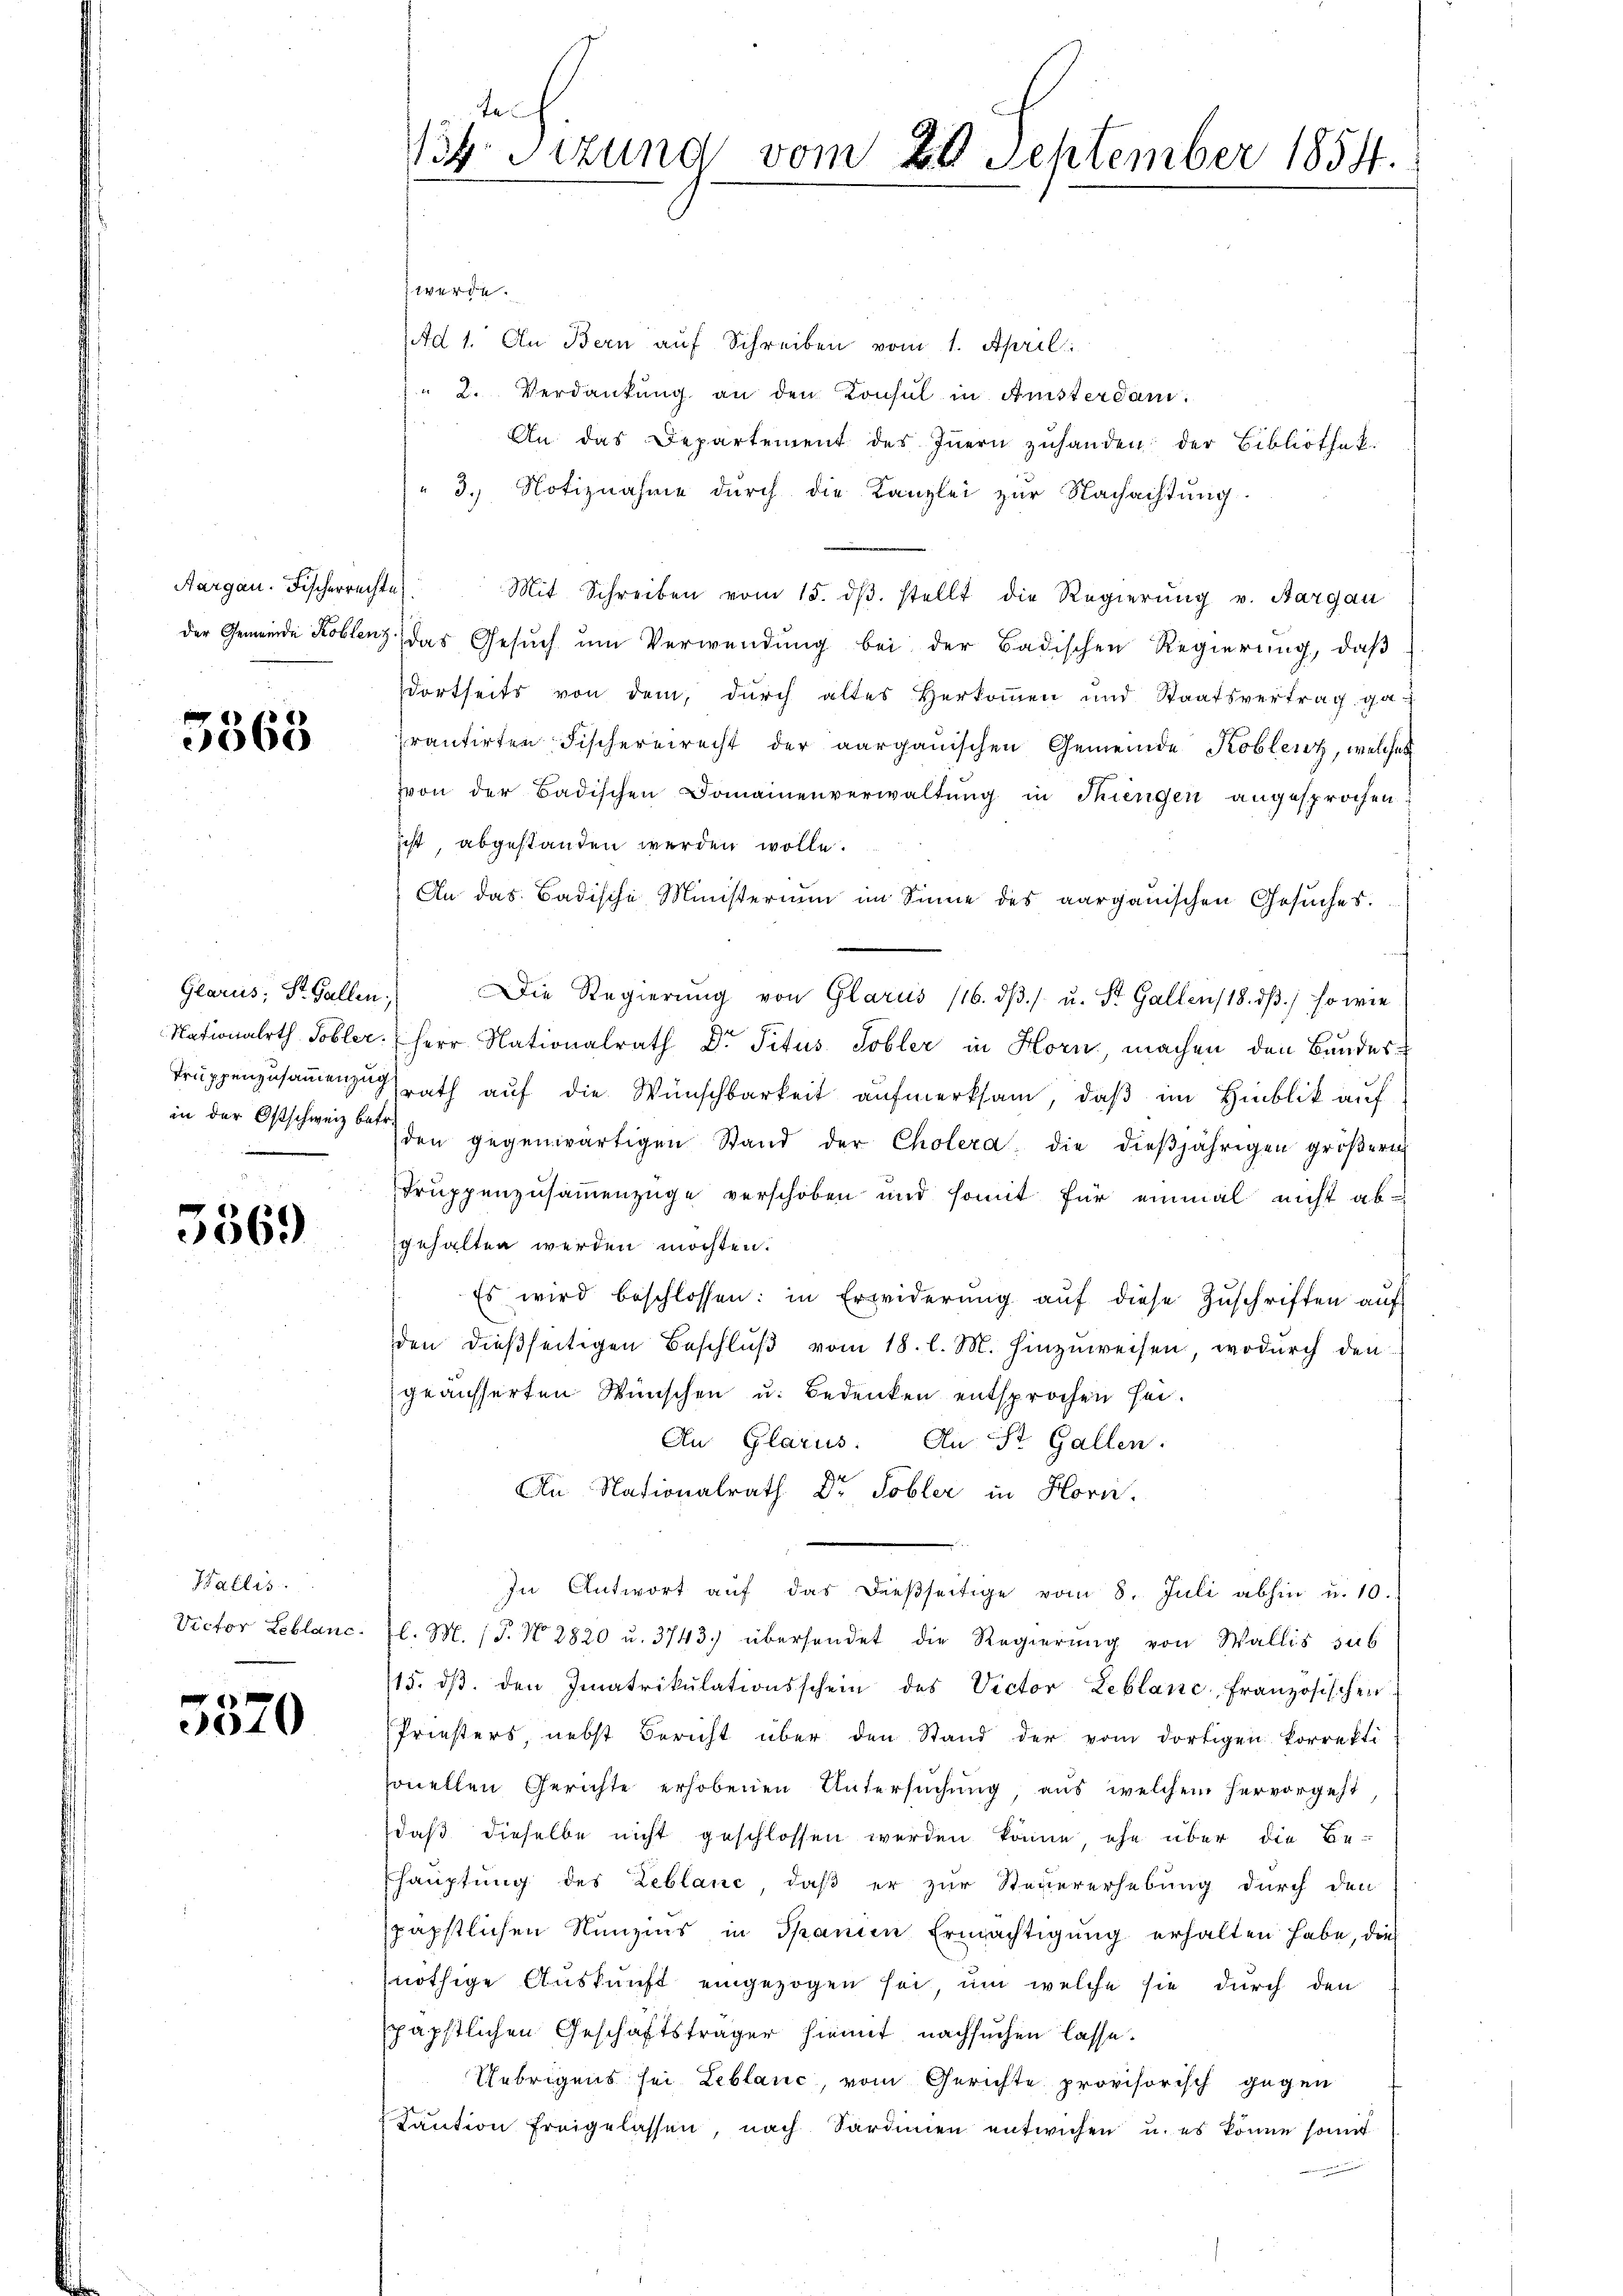
Aargau. Fischerrechte

5363

in der Ostschweiz betr.

5569

Wallis.
Victor Leblanc

5570

te
134. Sitzung vom 20. September 1854.

werde.
Ad 1. An Bern auf Schreiben vom 1. April
 2. Verdankung an den Konsul in Anisterdam.
An das Departement des Innern zuhanden; der Bibliothek.
" 3. Notiznahme durch die Kanzlei zur Nachachtung.
Mit Schreiben vom 15. dβ. stellt die Regierŭng v. Bargau
der Gemeinde Koblenz, das Gesuch um Verwendung bei der Badischen Regierung, daß
dortseits von dem, durch altes Herkoṁen und Staatsvertrag ga
prantirten Fischereirecht der aargauischen Gemeinde Koblenz, welches
von der Badischen Domainenverwaltŭng in Thiengen angesprochen
ist, abgestanden werden wolle.
An das Badische Ministerium im Sinne des aargauischen Gesuches.
Glarus, St. Gallen.) Die Regierŭng von Glarus 116. dβ. s. u. St. Gallen 18. dβ. so wie
Nationalrth Tobler.  Herr Nationalrath Dr Titus Tobler in Horn, machen den Bandes¬
Truppenzusammenzungsrath auf die Wünschbarkeit aufmerksam, daß im Hinblik auf
den gegenwärtigen Stand der Cholera die dieβjährigen gröβerich
Truppenzusammenzüge verschoben und somit für einmal nicht abgehalten werden möchten.
Es wird beschlossen: in Erwiderŭng aŭf diese Zŭschriften aŭf
den dießseitigen Beschlŭβ vom 18. l. M. hinzŭweisen, wodŭrch den
geäusserten Wünschen u. Bedenken entsprochen sei.
An Glarus: An St. Gallen:
An Nationalrath Dr. Tobler in Hori
In Antwort aŭf das dießseitige vom 8. Juli abhin u. 10.
l. M. 15. No 2820 u. 3743.) übersendet die Regierung von Wallis sub
115. dβ. den Imatrikulationsschein des Victor Leblanc, französischen
Priesters, nebst Bericht über den Stand der vom dortigen korrekti
sonellen Gerichte erhobenen Untersuchung, aus welchem hervorgeht,
daß dieselbe nicht geschlossen werden könne ehe über die Be-
hauptung des Reblanc, daß er zur Steuererhebung durch den
päpstlichen Nunzins in Spanien Ermächtigung erhalten habe, dies
nöthige Auskunft eingezogen sei, um welche sie durch den
späpstlichen Geschäftsträger hiemit nachsuchen lasse.
Uebrigens sei Leblanc, vom Gerichte provisorisch gegen
Kaŭtion freigelassen, nach Sardinien entwichen u. es könne somit